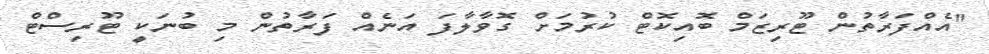
"އެއްފަރާތުން ޓޫރިޒަމް ބޮއިކޮޓް ކުރުމަށް ގޮވާލާފަ އަނެއް ފަރާތުން މި ބުނަކީ ޓޫރިސްޓް